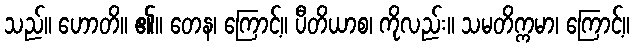
သည်။ ဟောတိ။ ၏။ တေန၊ ကြောင့်။ ပီတိယာစ၊ ကိုလည်း။ သမတိက္ကမာ၊ ကြောင့်။